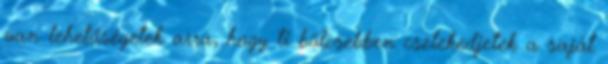
van lehetőségetek arra, hogy ti bölcsebben cselekedjetek a saját